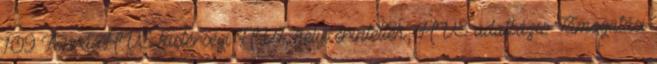
109 Forrás:HVS kistérségi HVI, helyi érintettek, HVS adatbázis Támogatási